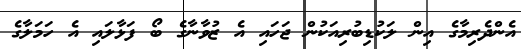
އެންދެރިމާގެ އިން ލަކުޑިބުރިއަކުން ޖަހައި އެ ޒުވާނާގެ ބޯ ފަޅާލައި އެ ހަމަލާގެ